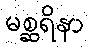
မစ္ဆရိနာ